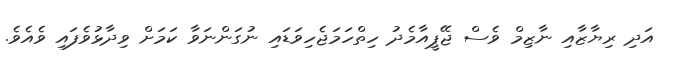
އަދި ރިޔާޒާއި ނާޒިމް ވެސް ޖޭޕީއާމެދު ހިތްހަމަޖެހިވަޑައި ނުގަންނަވާ ކަމަށް ވިދާޅުވެފައި ވެއެވެ.